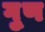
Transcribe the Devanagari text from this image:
गु्ण